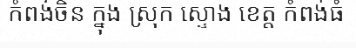
កំពង់ចិន ក្នុង ស្រុក ស្ទោង ខេត្ត កំពង់ធំ